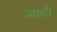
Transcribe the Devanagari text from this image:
जाटी